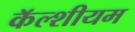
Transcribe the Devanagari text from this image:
कॅल्शीयम